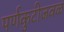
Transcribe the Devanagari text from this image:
पर्णकुटीजवळ